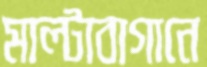
মাল্টাবাগানে